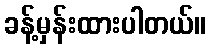
ခန့်မှန်းထားပါတယ်။